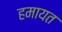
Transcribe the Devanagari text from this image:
हमायत